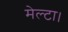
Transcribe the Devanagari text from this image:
मेल्टा।